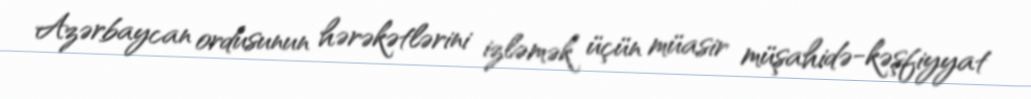
Azərbaycan ordusunun hərəkətlərini izləmək üçün müasir müşahidə-kəşfiyyat